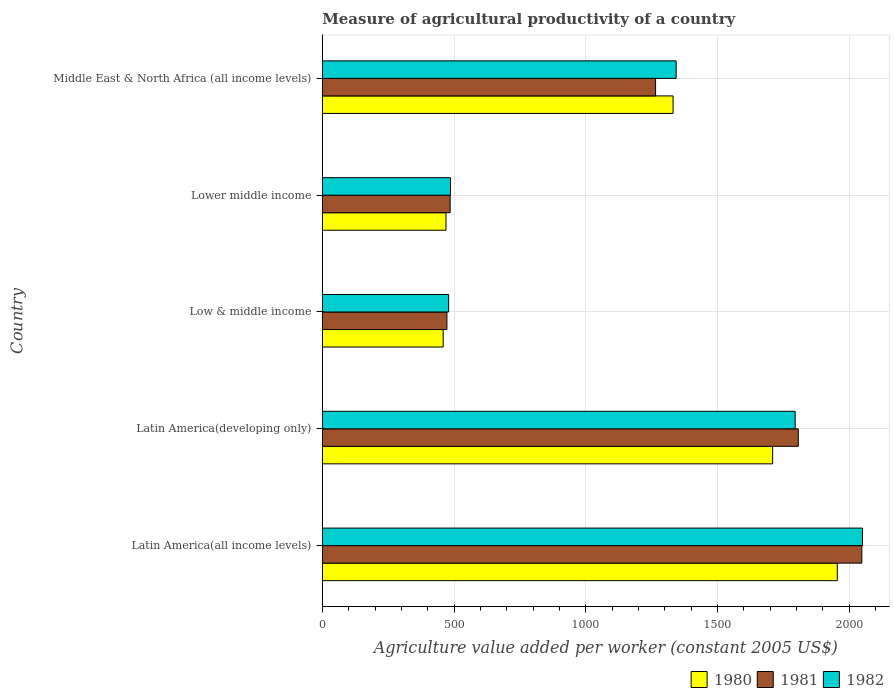
| Country | 1980 | 1981 | 1982 |
 | --- | --- | --- | --- |
 | Latin America(all income levels) | 1.96e+03 | 2.05e+03 | 2.05e+03 |
 | Latin America(developing only) | 1.71e+03 | 1.81e+03 | 1.8e+03 |
 | Low & middle income | 459 | 473 | 480 |
 | Lower middle income | 470 | 485 | 487 |
 | Middle East & North Africa (all income levels) | 1.33e+03 | 1.27e+03 | 1.34e+03 |